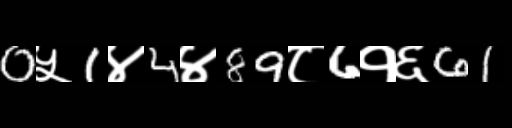
Text: 0५1४4४89८6१६61